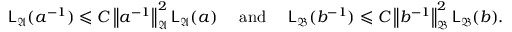
{ \mathsf { L } } _ { \mathfrak { A } } ( a ^ { - 1 } ) \leqslant C \left\| { a ^ { - 1 } } \right\| _ { { \mathfrak { A } } } ^ { 2 } { \mathsf { L } } _ { \mathfrak { A } } ( a ) \quad \mathrm { ~ a n d ~ } \quad { \mathsf { L } } _ { \mathfrak { B } } ( b ^ { - 1 } ) \leqslant C \left\| { b ^ { - 1 } } \right\| _ { { \mathfrak { B } } } ^ { 2 } { \mathsf { L } } _ { \mathfrak { B } } ( b ) \mathrm { . }